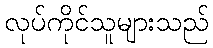
လုပ်ကိုင်သူများသည်